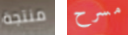
منتجة مسرح